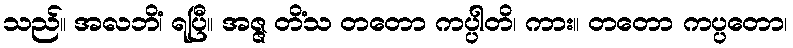
သည်။ အလဘိံ၊ ရပြီ။ အဇ္ဇ တိံသ တတော ကပ္ပါတိ၊ ကား။ တတော ကပ္ပတော၊